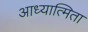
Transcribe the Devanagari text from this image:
आध्यात्मिता